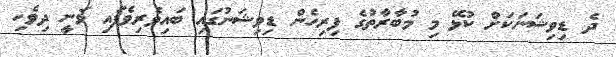
ދެ ޑިވިޝަނަކަށް ކުޅޭ މި މުބާރާތުގެ ފިރިހެން ޑިވިޝަނުގައި ބައިވެރިވެފައި ވަނީ ދިވެހި